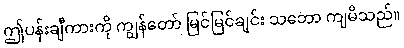
ဤပန်းချီကားကို ကျွန်တော် မြင်မြင်ချင်း သဘော ကျမိသည်။